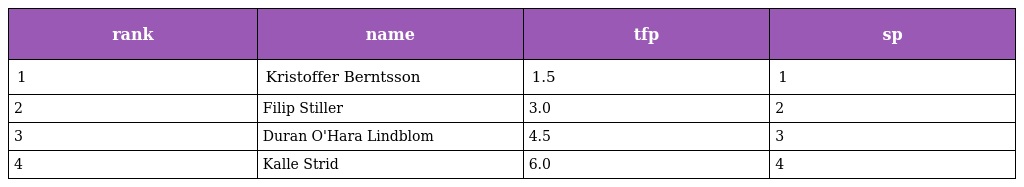
| rank | name | tfp | sp |
 | --- | --- | --- | --- |
 | 1 | Kristoffer Berntsson | 1.5 | 1 |
 | 2 | Filip Stiller | 3.0 | 2 |
 | 3 | Duran O'Hara Lindblom | 4.5 | 3 |
 | 4 | Kalle Strid | 6.0 | 4 |